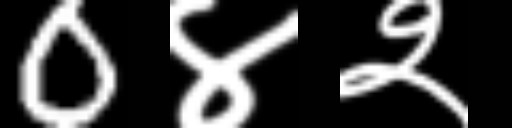
Text: 0४२